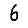
Digit: 6